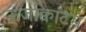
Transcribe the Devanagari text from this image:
ऊर्जाक्वांटम